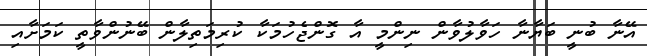
އޭނާ ބުނީ ބަޔާނާ ހަވާލުވާން ނިންމީ އާ ގޮންޖެހުމަކާ ކުރިމަތިލާން ބޭނުންވާތީ ކަމަށާއި